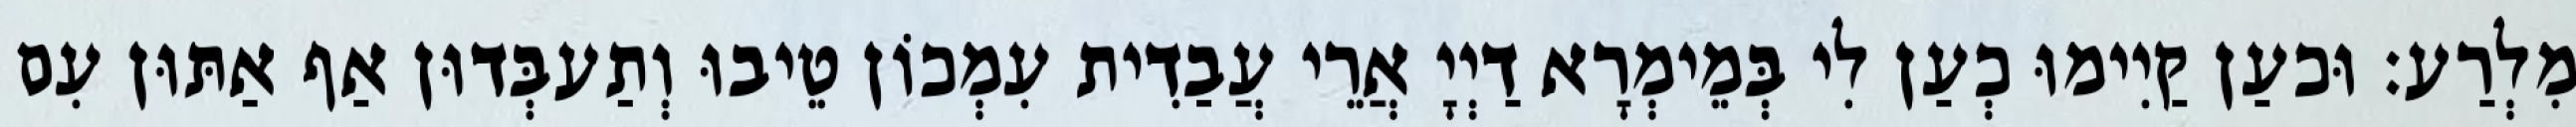
מִלְרַע׃ וּכעַן קַיִימוּ כְעַן לִי בְּמֵימְרָא דַיְיָ אֲרֵי עֲבַדִית עִמְכוֹן טֵיבוּ וְתַעבְּדוּן אַף אַתּוּן עִם